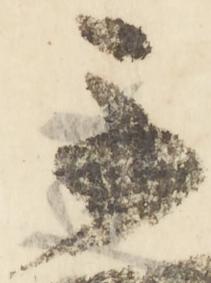
不